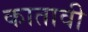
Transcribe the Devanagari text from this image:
कातावी